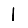
Digit: 1